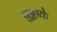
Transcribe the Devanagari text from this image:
बुढ्ढाके